DOW-UAP-D49, Launch Summary, Vandenberg AFB, 2000
Agency: Department of War
Incident date: 2/3/00
Page 64
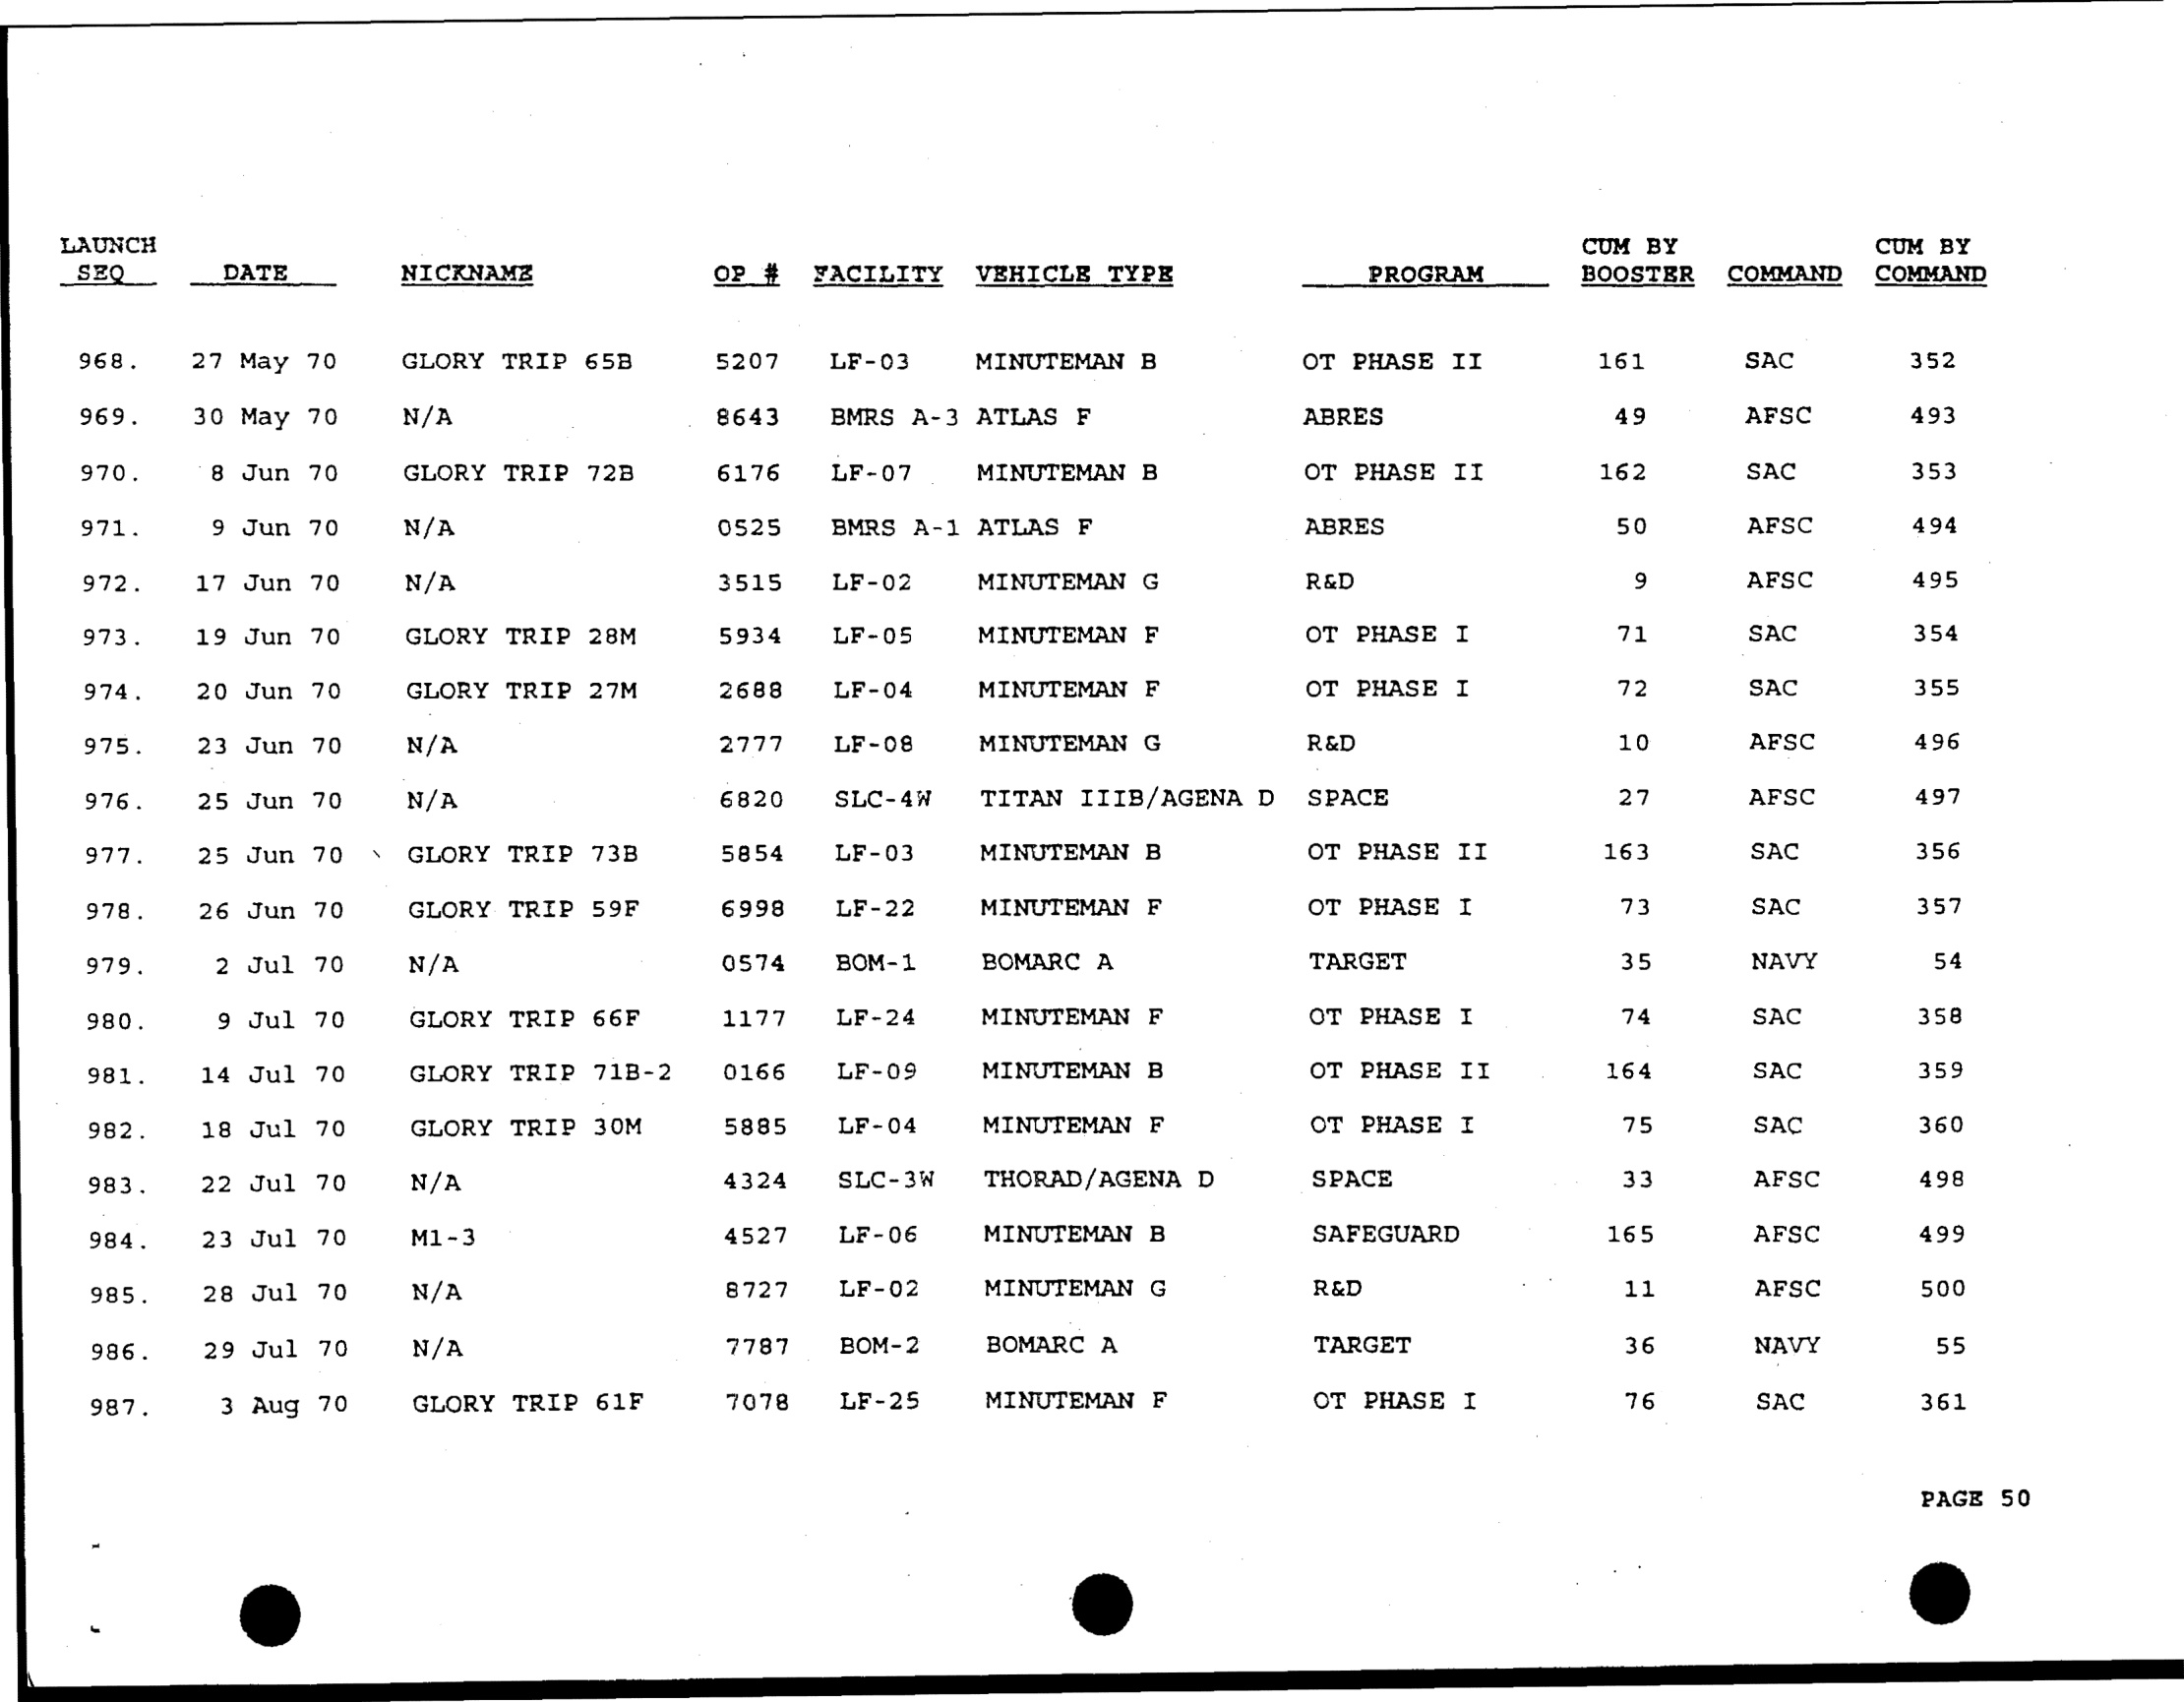